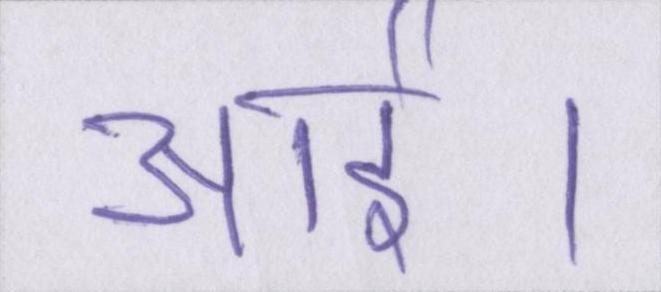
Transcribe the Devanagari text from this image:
आई।